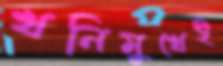
খনিমুখেই